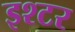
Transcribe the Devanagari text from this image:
इश्टर